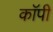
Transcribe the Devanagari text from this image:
काॅपी